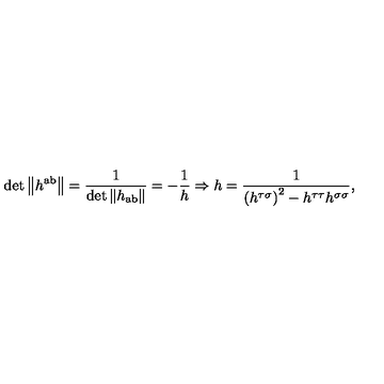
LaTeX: \det \left\| h ^ { \mathrm { a b } } \right\| = \frac 1 { \det \left\| h _ { \mathrm { a b } } \right\| } = - \frac 1 h \Rightarrow h = \frac 1 { \left( h ^ { \tau \sigma } \right) ^ { 2 } - h ^ { \tau \tau } h ^ { \sigma \sigma } } ,